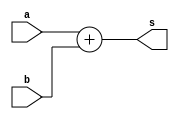
// ------------------------- 
// -- Exercicio002 - BASE 
// -- Nome: Alexandre Palmieri Sad 
// -- Matricula: 440265 
// ------------------------- 
	module letraA (output [6:0]s, input [5:0]a, input [4:0]b);
		assign s = a + b;
	endmodule
	
	module letraB (output [5:0]s, input [4:0]a, input [4:0]b);
		assign s = a + b;
	endmodule
	
	module letraC (output [10:0]s, input [10:0]a, input [7:0]b);
		assign s = a / b;
	endmodule
	
	module letraD (output [8:0]s, input [8:0]a, input [8:0]b);
		assign s = a - b;
	endmodule
	
	module letraE (output [9:0]s, input [4:0]a, input [4:0]b, input [6:0]c);
		assign s = ((a * b) + (c));
	endmodule

// ------------------------- 
// -- test number system 
// ------------------------- 
	module test_operacoes_01; 
		// ------------------------- definir dados 
			reg [5:0]a; 
			reg [4:0]b; 
			
			reg [4:0]c; 
			reg [4:0]d;
			
			reg [10:0]e; 
			reg [7:0]f; 
			
			reg [8:0]g; 
			reg [8:0]h; 
			
			reg [4:0]i; 
			reg [4:0]j; 
			reg [6:0]k;   
		
			wire [6:0]s1; 
			wire [5:0]s2; 
			wire [10:0]s3; 
			wire [8:0]s4; 
			wire [9:0]s5; 
			
		// ------------------------- instancia
			letraA soma(s1, a, b); 
			letraB mult(s2, c, d);
			letraC divs(s3, e, f);
			letraD subt(s4, g, h);
			letraE expr(s5, i, j, k);
			
		// ------------------------- parte principal 
			initial begin 
				$display("Exercicio002 - Sad - 440265"); 
				$display("Test number system");
				
				a = 7'b101010;
				b = 5'b11010; 
				$display("a) %b + %b = %b", a, b, s1);
				
				c = 5'b11010;
				d = 'o25;
				$display("b) %b + %o = %b", c, d, s2);
				
				e = 'o1234;
				f = 'h2B;
				$display("c) %o / %h = %b", e, f, s3);
				
				g = 'h1CA;
				h = 9'b101110001;
				$display("d) %h - %b = %b", g, h, s4);
				
				i = 25;
				j = 'o31;
				k = 'h7A;
				$display("e) %d * %o + (%h) = %b", i, j, k, s5);
			
			end 
	endmodule //-- test_base